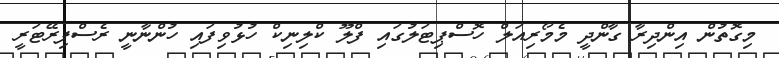
މިގޮތުން އިންދިރާ ގާންދީ މެމޯރިއަލް ހޮސްޕިޓަލުގައި ފްލޫ ކްލިނިކް ހުޅުވިފައި ހުންނާނީ ރެސްޕިރޭޓަރީ